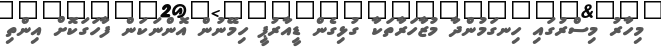
މިހާރު މިސްރުގައި ހިނގަމުންދާ މުޒާހަރާތަކާ ގުޅިގެން ޑީއާރުޕީ ހިމޭނުން އޮންނަކަން ފާހަގަކޮށް އިންތި